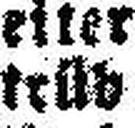
trüb